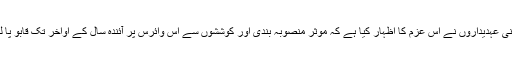
لیکن پاکستانی عہدیداروں نے اس عزم کا اظہار کیا ہے کہ موثر منصوبہ بندی اور کوششوں سے اس وائرس پر آئندہ سال کے اواخر تک قابو پا لیا جائے گا۔